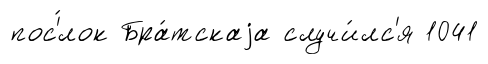
пос'́лок Бра́тскаjа случи́лс'я 1041